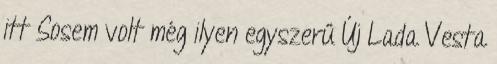
itt Sosem volt még ilyen egyszerű Új Lada Vesta